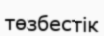
төзбестік